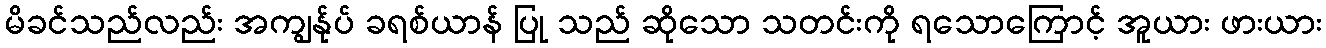
မိခင်သည်လည်း အကျွန်ုပ် ခရစ်ယာန် ပြု သည် ဆိုသော သတင်းကို ရသောကြောင့် အူယား ဖားယား